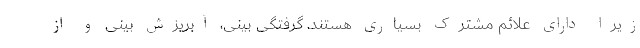
زیرا دارای علائم مشترک بسیاری هستند. گرفتگی بینی، آبریزش بینی و از